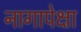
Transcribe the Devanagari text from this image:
नागापेक्षा